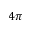
4 \pi